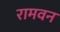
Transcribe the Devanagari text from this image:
रामवन